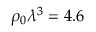
\rho _ { 0 } \lambda ^ { 3 } = 4 . 6